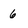
Character: 6